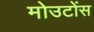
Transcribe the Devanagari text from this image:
मोउटोंस